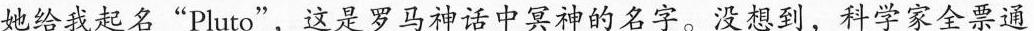
她给我起名“PLuto，这是罗马神中冥神的名字。没到，科学家全票